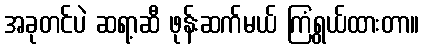
အခုတင်ပဲ ဆရာ့ဆီ ဖုန်းဆက်မယ် ကြံရွယ်ထားတာ။